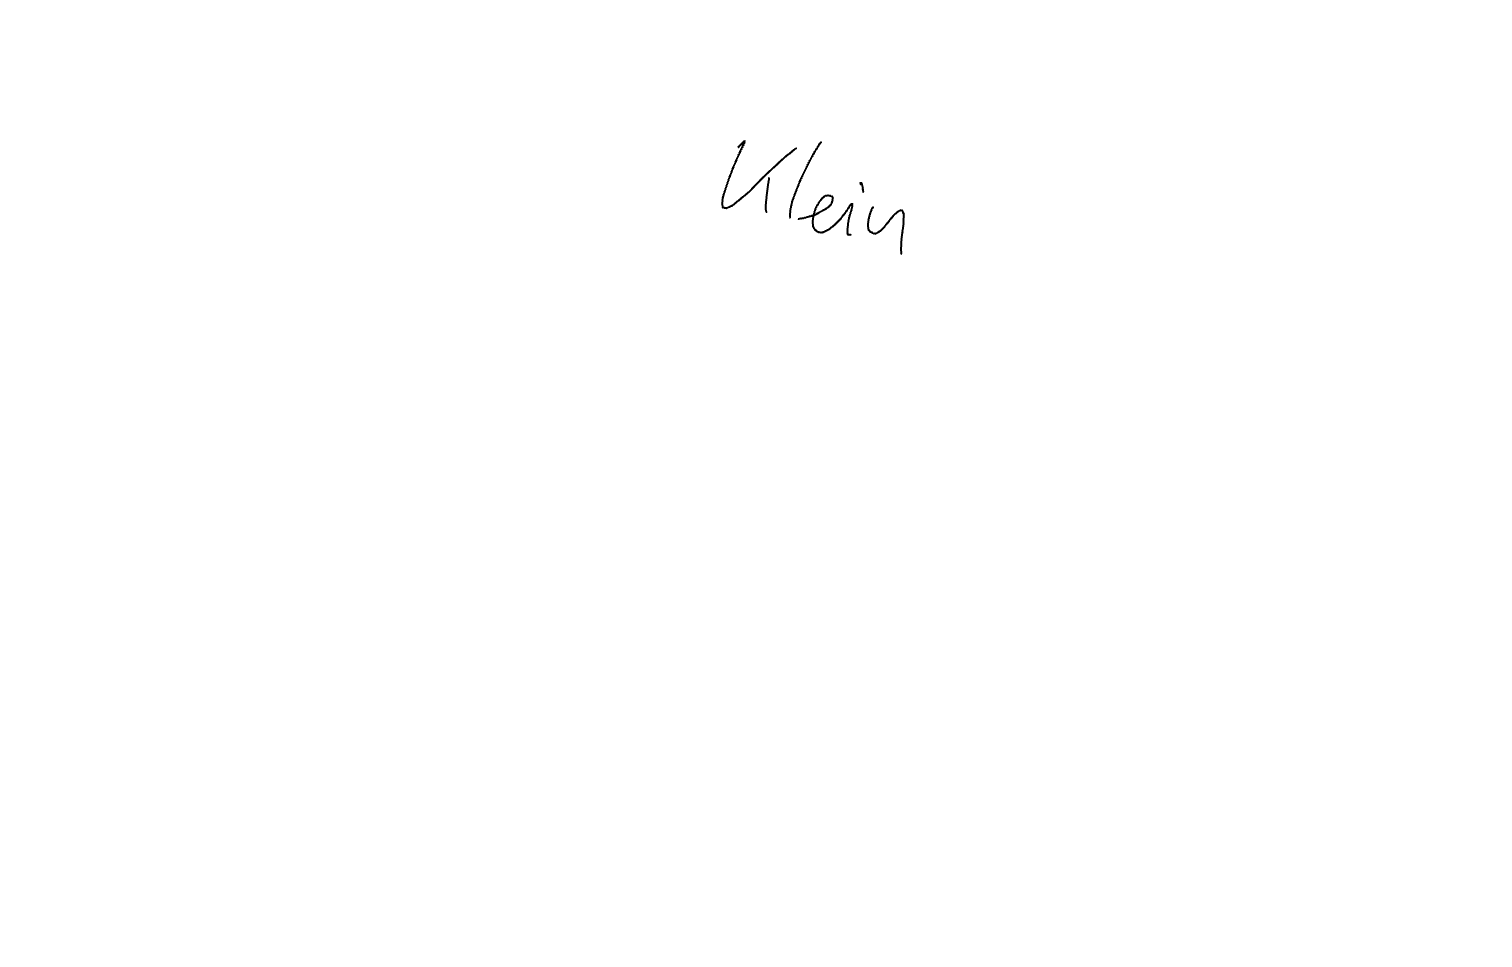
Text: Klein